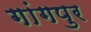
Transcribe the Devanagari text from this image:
गांगपुर